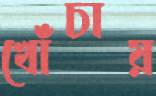
খোঁচায়